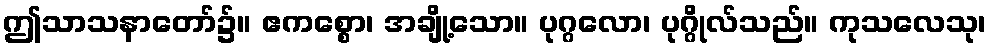
ဤသာသနာတော်၌။ ဧကစ္စော၊ အချို့သော။ ပုဂ္ဂလော၊ ပုဂ္ဂိုလ်သည်။ ကုသလေသု၊